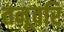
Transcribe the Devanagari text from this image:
तनूवरि